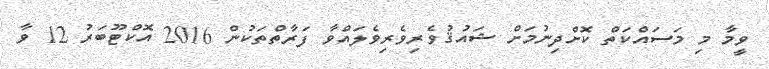
ވީމާ މި މަސައްކަތް ކޮށްދިނުމަށް ޝައުޤުވެރިވެރިވެލައްވާ ފަރާތްތަކުން 2016 އޮކްޓޫބަރު 12 ވާ